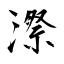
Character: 漈